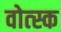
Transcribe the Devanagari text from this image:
वोत्स्क